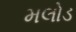
મલોડ